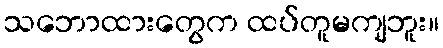
သဘောထားတွေက ထပ်တူမကျဘူး။